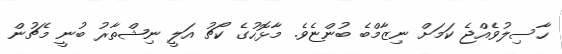
ހާސިލުވެއްޖެ ކަމަށް ނިޒާމްބެ ބުންޏެވެ. މާޅޮހުގެ ކޯޗު އަލީ ނިޝްތާރު ބުނީ މެޗުން